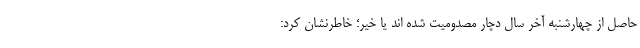
حاصل از چهارشنبه آخر سال دچار مصدومیت شده اند یا خیر؛ خاطرنشان کرد: